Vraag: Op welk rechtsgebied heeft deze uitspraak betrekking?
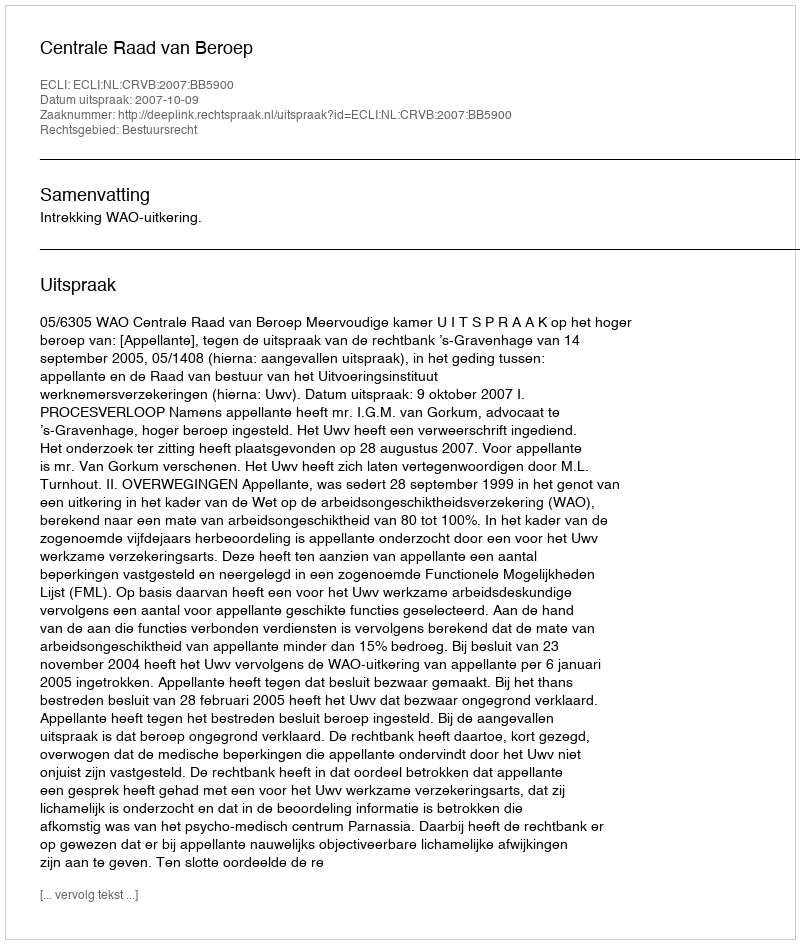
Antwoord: Bestuursrecht